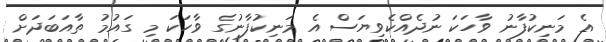
އެ މަނިކުފާނު ވާހަކަ ނުދެއްކެވިޔަސް އެ މަނިކުފާނުގެ ވާހަކަ މި ގައުމު ތާއަބަދަށް